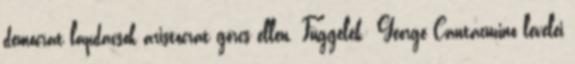
democrat lapdacsok aristocrat görcs ellen. Függelék: George Cantacuzino levelei